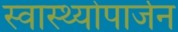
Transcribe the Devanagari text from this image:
स्वास्थ्योपार्जन